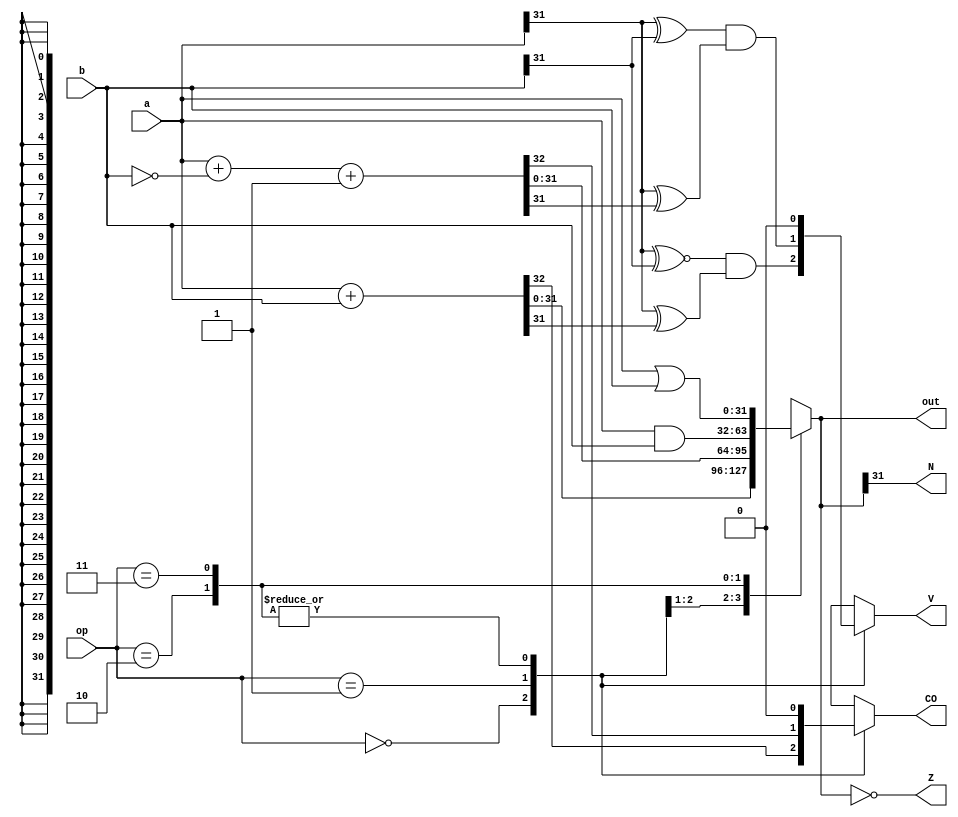
module ALU #(parameter W=32) (input [W-1:0] a,b,
input[1:0]op,  //opcode that determines the operation type
output reg [W-1:0]out,
output reg CO,N,V,Z); //flags


always @(*)
begin
CO=0;V=0;   //CO and V initially set to 0 in case no arithmetic op occurs
	case(op)      
	0: begin {CO,out}=a+b; V=(a[W-1]~^b[W-1])&(a[W-1]^out[W-1]);end  //CO and overflow set, overflow formula form 445 slides is used
	1: begin {CO,out}=a+~b+1;  V=(a[W-1]^b[W-1])&(a[W-1]^out[W-1]);  end
	2: out=a&b;
	3: out=a|b;
	endcase
	
Z=out==0;  //Z and N flags set for every operation
N=out[W-1];
end

endmodule